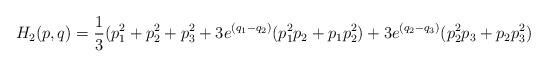
LaTeX: \begin{align*}H_2(p,q)=\frac{1}{3}(p_1^2+p_2^2+p_3^2+3e^{(q_1-q_2)}(p_1^2p_2+p_1p_2^2)+3e^{(q_2-q_3)}(p_2^2p_3+p_2p_3^2)\end{align*}